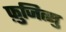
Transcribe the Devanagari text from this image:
फ़ुजित्सु